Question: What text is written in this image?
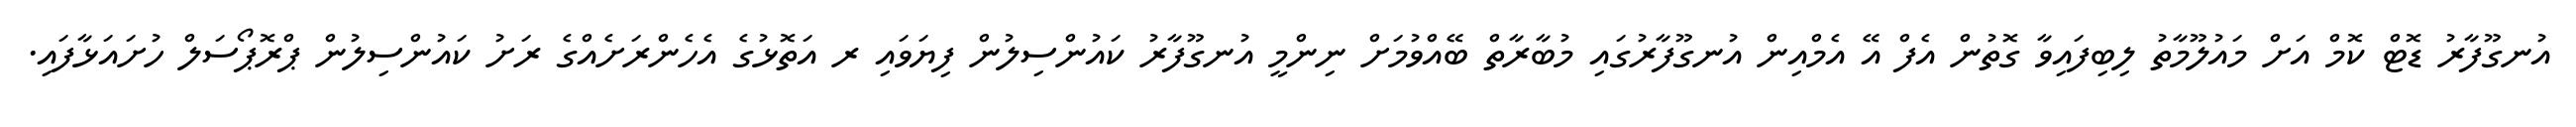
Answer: އުނގޫފާރު ޑޮޓް ކޮމް އަށް މައުލޫމާތު ލިބިފައިވާ ގޮތުން އެފް އޭ އެމްއިން އުނގޫފާރުގައި މުބާރާތް ބޭއްވުމަށް ނިންމީ އުނގޫފާރު ކައުންސިލުން ފިޔަވައި ރ އަތޮޅުގެ އެހެންރަށެއްގެ ރަށު ކައުންސިލުން ޕްރޮޕޯސަލް ހުށައަޅާފައި.